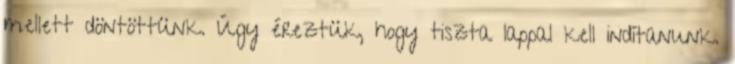
mellett döntöttünk. Úgy éreztük, hogy tiszta lappal kell indítanunk.